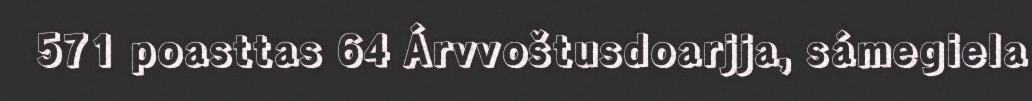
571 poasttas 64 Árvvoštusdoarjja, sámegiela